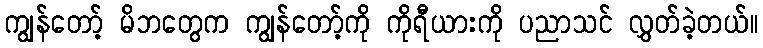
ကျွန်တော့် မိဘတွေက ကျွန်တော့်ကို ကိုရီယားကို ပညာသင် လွှတ်ခဲ့တယ်။